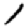
Digit: 1